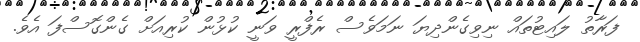
ފަރާތު ލައިޓުތައް ނިވިގެންދިޔަ ނަމަވެސް ރެފްރީ ވަނީ ކުޅުން ކުރިއަށް ގެންގޮސްފަ އެވެ.